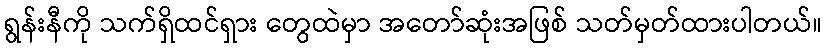
ရွန်းနီကို သက်ရှိထင်ရှား တွေထဲမှာ အတော်ဆုံးအဖြစ် သတ်မှတ်ထားပါတယ်။